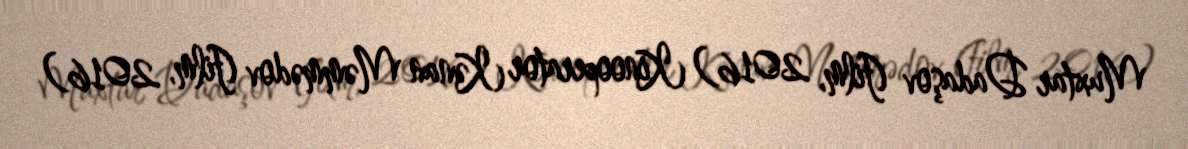
Muxtar Dadaşov (film, 2016) Kinooperator Kənan Məmmədov (film, 2016)